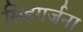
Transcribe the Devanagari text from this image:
सिहगर्जना